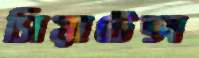
সিয়াটেক্স